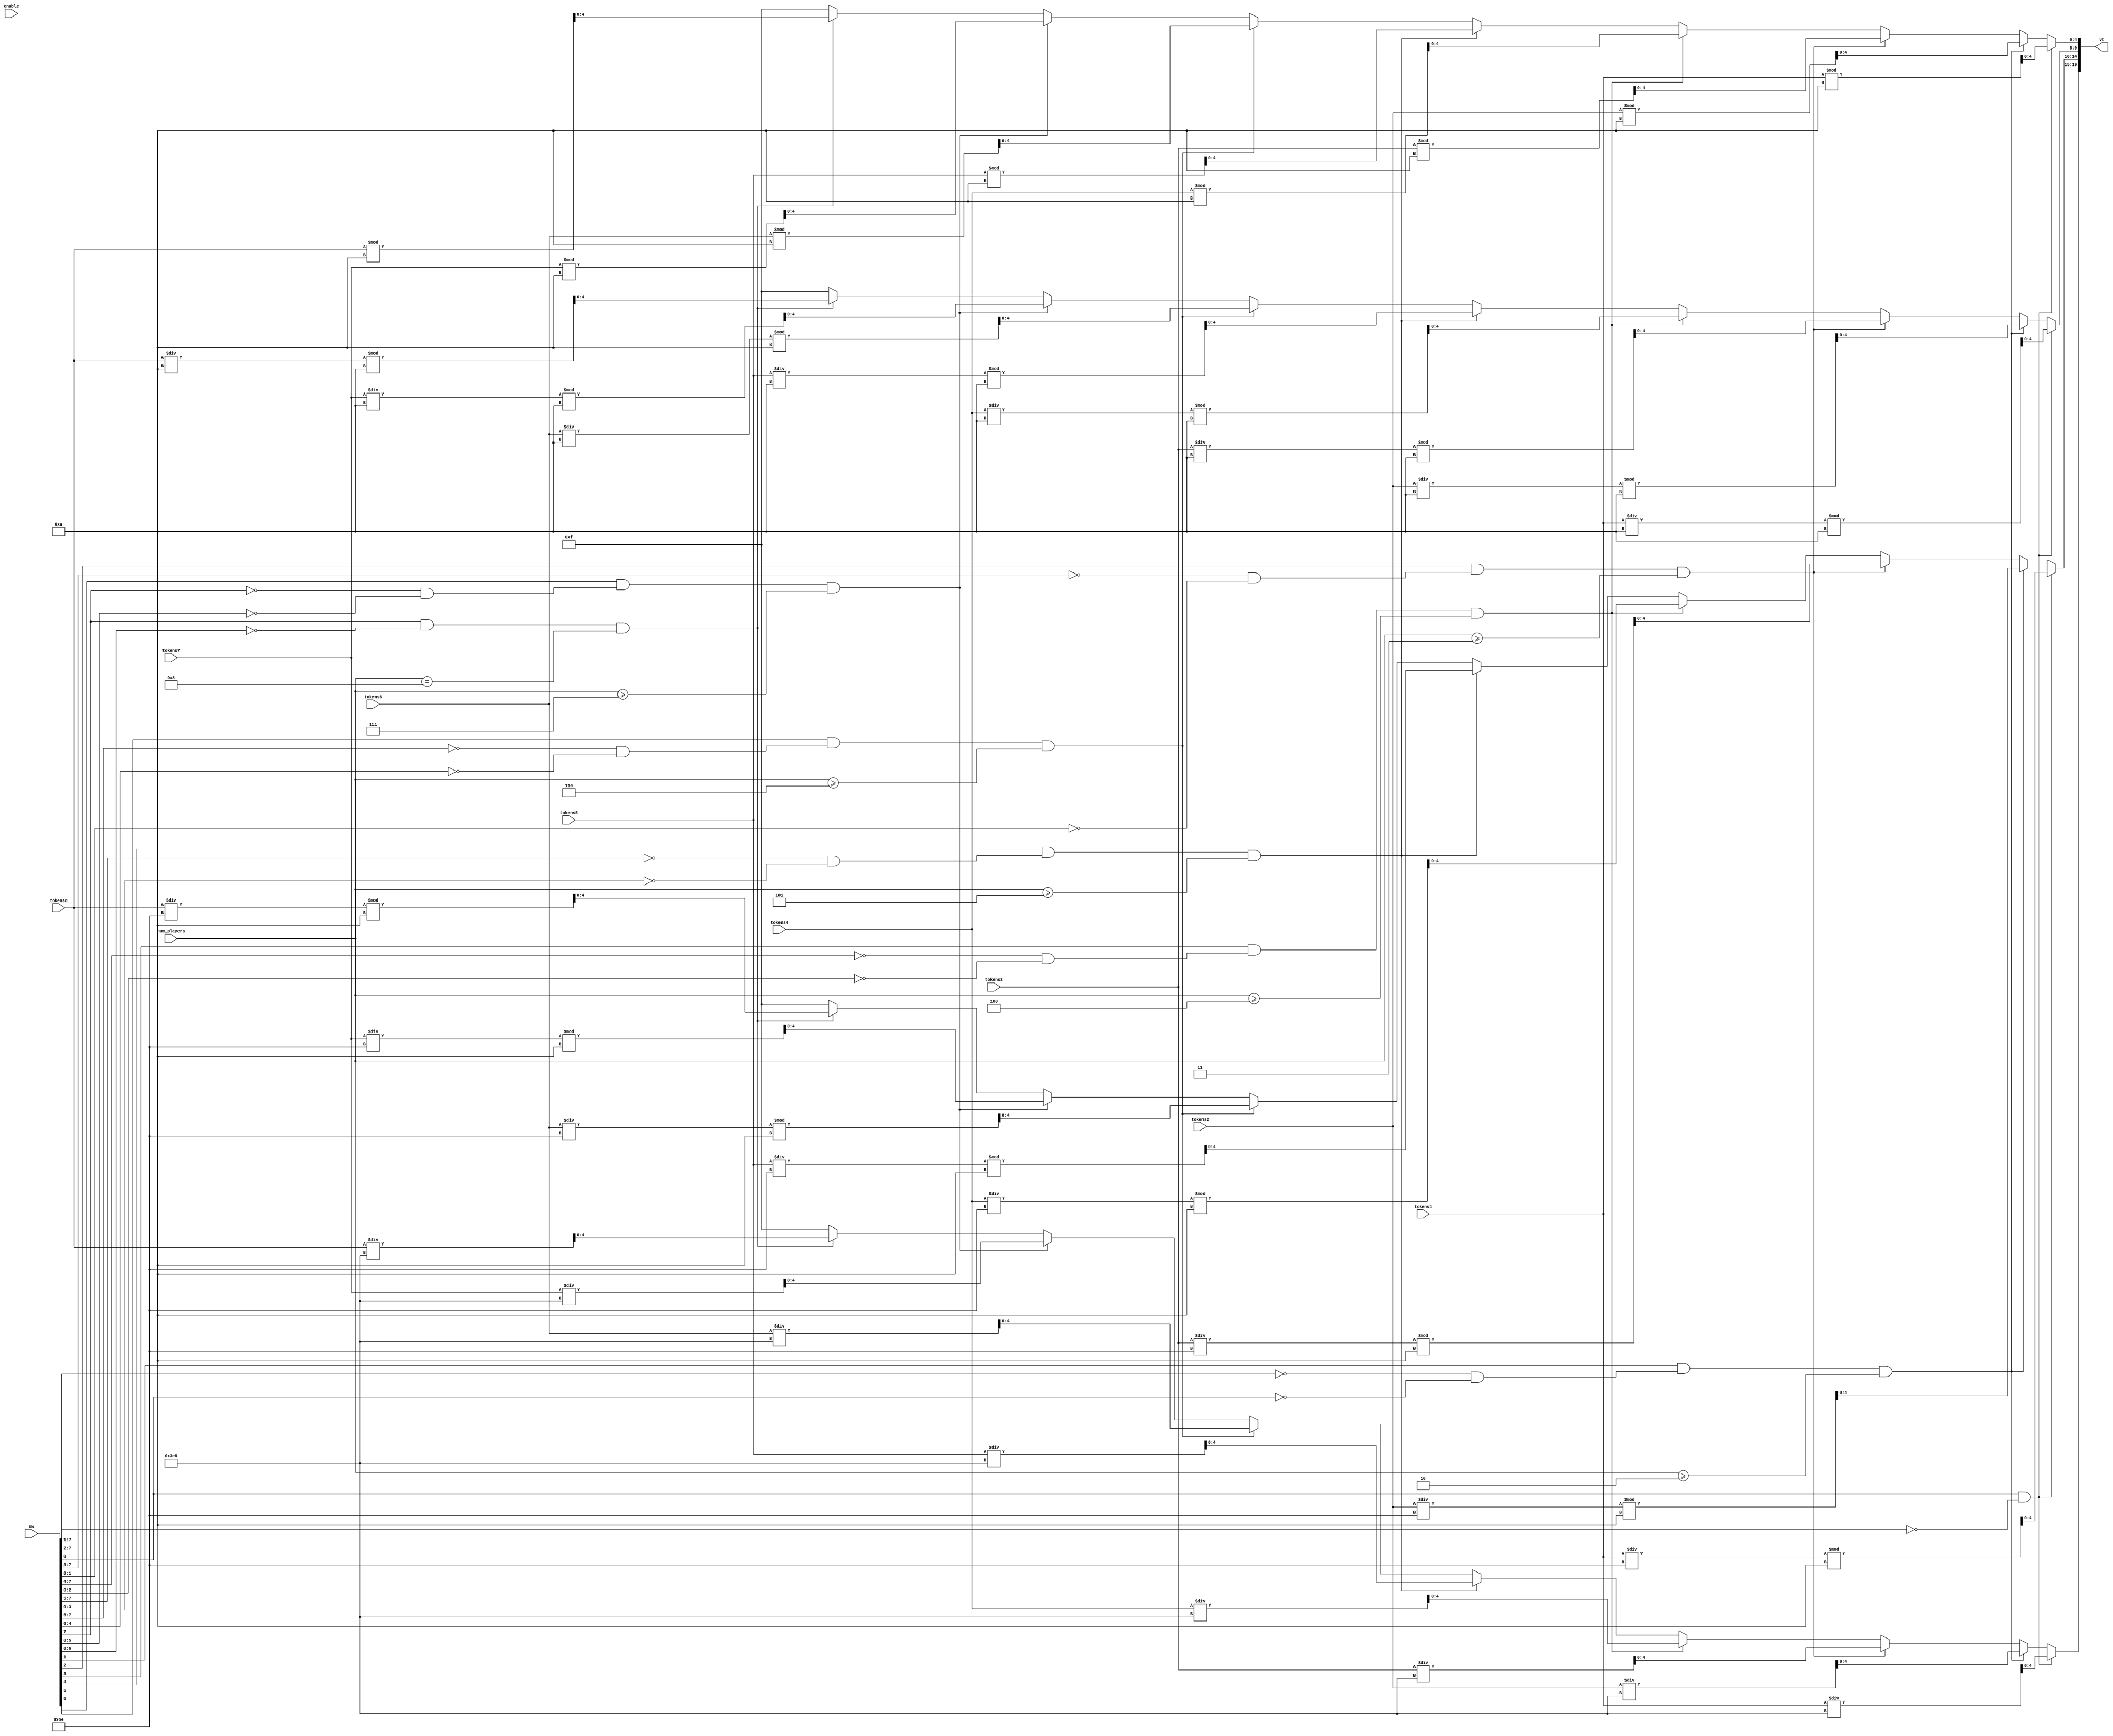
module view_tokens(
    input enable,
    input [7:0] sw,
	input [3:0] num_players,
	input [9:0] tokens1,
	input [9:0] tokens2,
	input [9:0] tokens3,
	input [9:0] tokens4,
	input [9:0] tokens5,
	input [9:0] tokens6,
	input [9:0] tokens7,
	input [9:0] tokens8,
    output [19:0] vt
    );

	reg [19:0] vt;
	
	always @* begin
//		if (sw&(sw-1) == 0) begin
			if (sw[0] == 1 && (sw[7:1] == 0)) begin
				vt[19:15] = tokens1 / 1000;
				vt[14:10] = (tokens1 / 100) % 10;
				vt[9:5] = (tokens1 / 10) % 10;
				vt[4:0] = tokens1 % 10;
			end
			else if (sw[1] == 1 && (sw[7:2] == 0 && sw[0] == 0) && num_players >= 2) begin
				vt[19:15] = tokens2 / 1000;
				vt[14:10] = (tokens2 / 100) % 10;
				vt[9:5] = (tokens2 / 10) % 10;
				vt[4:0] = tokens2 % 10;
			end
			else if (sw[2] == 1 && (sw[7:3] == 0 && sw[1:0] == 0) && num_players >= 3) begin
				vt[19:15] = tokens3 / 1000;
				vt[14:10] = (tokens3 / 100) % 10;
				vt[9:5] = (tokens3 / 10) % 10;
				vt[4:0] = tokens3 % 10;
			end
			else if (sw[3] == 1 && (sw[7:4] == 0 && sw[2:0] == 0) && num_players >= 4) begin
				vt[19:15] = tokens4 / 1000;
				vt[14:10] = (tokens4 / 100) % 10;
				vt[9:5] = (tokens4 / 10) % 10;
				vt[4:0] = tokens4 % 10;
			end
			else if (sw[4] == 1 && (sw[7:5] == 0 && sw[3:0] == 0) && num_players >= 5) begin
				vt[19:15] = tokens5 / 1000;
				vt[14:10] = (tokens5 / 100) % 10;
				vt[9:5] = (tokens5 / 10) % 10;
				vt[4:0] = tokens5 % 10;
			end
			else if (sw[5] == 1 && (sw[7:6] == 0 && sw[4:0] == 0) && num_players >= 6) begin
				vt[19:15] = tokens6 / 1000;
				vt[14:10] = (tokens6 / 100) % 10;
				vt[9:5] = (tokens6 / 10) % 10;
				vt[4:0] = tokens6 % 10;
			end
			else if (sw[6] == 1 && (sw[7] == 0 && sw[5:0] == 0) && num_players >= 7) begin
				vt[19:15] = tokens7 / 1000;
				vt[14:10] = (tokens7 / 100) % 10;
				vt[9:5] = (tokens7 / 10) % 10;
				vt[4:0] = tokens7 % 10;
			end
			else if (sw[7] == 1 && (sw[6:0] == 0) && num_players == 8) begin
				vt[19:15] = tokens8 / 1000;
				vt[14:10] = (tokens8 / 100) % 10;
				vt[9:5] = (tokens8 / 10) % 10;
				vt[4:0] = tokens8 % 10;
			end
			else begin
				vt[19:15] = 5'd15;
				vt[14:10] = 5'd15;
				vt[9:5] = 5'd15;
				vt[4:0] = 5'd15;
			end
//		end
//		else begin
//			vt[19:15] = 5'd15;
//			vt[14:10] = 5'd15;
//			vt[9:5] = 5'd15;
//			vt[4:0] = 5'd15;
//		end
	end

endmodule